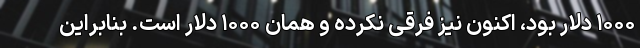
۱۰۰۰ دلار بود، اکنون نیز فرقی نکرده و همان ۱۰۰۰ دلار است. بنابراین